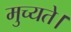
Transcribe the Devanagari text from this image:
मुच्यते।